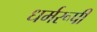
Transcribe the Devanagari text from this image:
धर्मरूपी